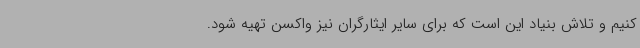
کنیم و تلاش بنیاد این است که برای سایر ایثارگران نیز واکسن تهیه شود.